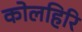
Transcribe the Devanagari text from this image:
कोलहिरि